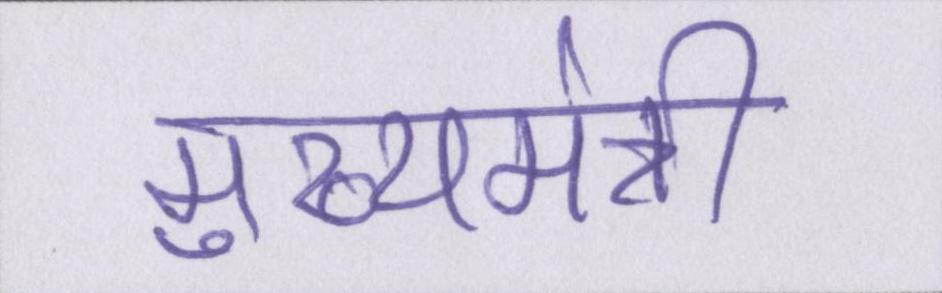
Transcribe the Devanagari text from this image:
मुख्यमंत्री